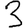
Digit: 3